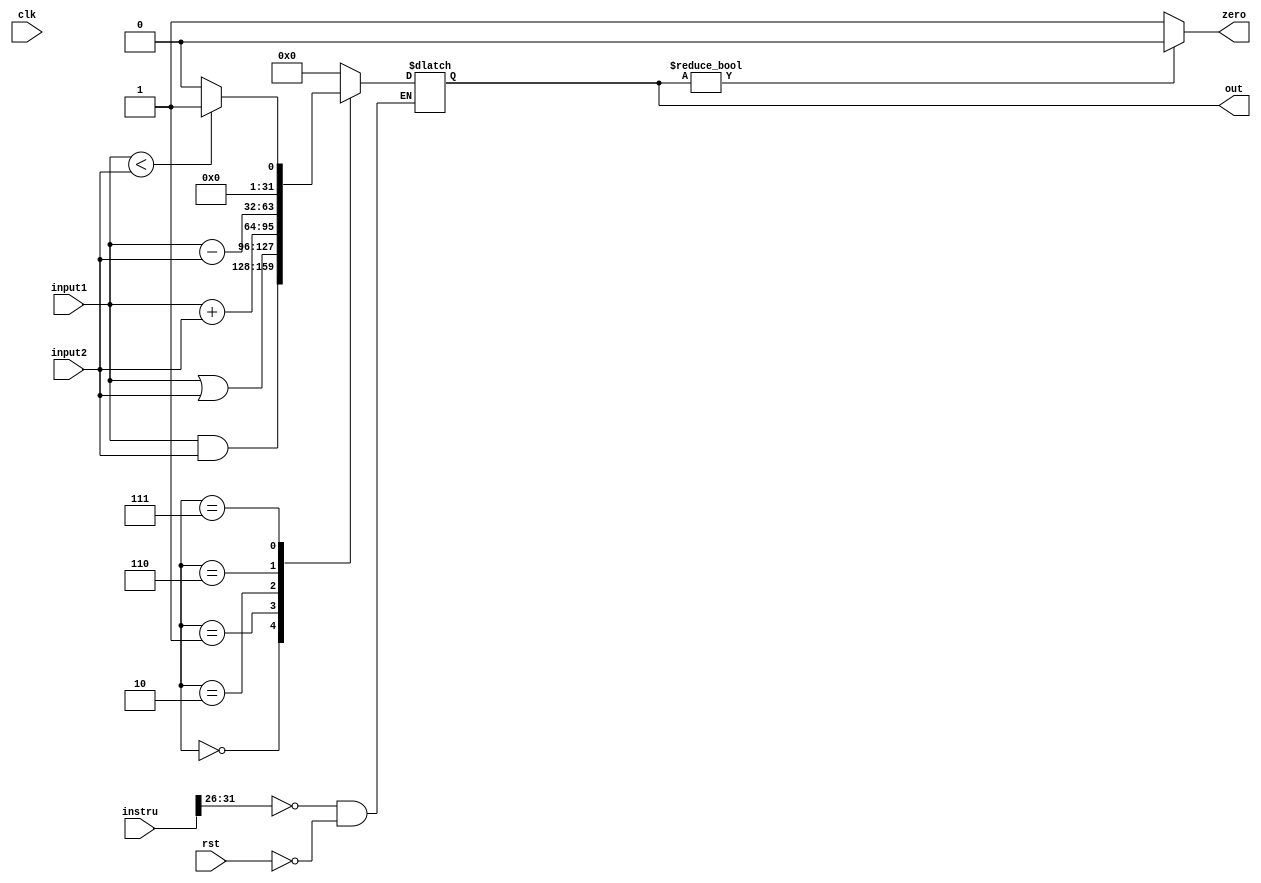
module ALU(input1,input2, zero,out,instru,clk,rst);
input [31:0] input1,input2,instru;
reg [3:0] control;
input clk,rst;
output zero;
output [31:0] out;
reg [31:0] out; 
assign  zero=(out)?1'b0:1'b1;
always@(clk)
if((instru[31:26]==6'b000000)&&rst==0)
    begin
      case(control)
        32'b0000:out<=input1&input2;
        32'b0001:out<=input1|input2;
        32'b0010:out<=input1+input2;
        32'b0110:out<=input1-input2;
        32'b0111:out<=(input1<input2)?1:0;
        default:out<=32'b0;
      endcase
    end
else
out<=out;
endmodule